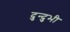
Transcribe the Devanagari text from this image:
दुन्‍दुभी